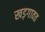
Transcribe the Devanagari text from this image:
खड़गावत